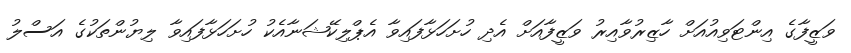
ވަޒީފާގެ އިންޓަވިއުއަށް ހާޒިރުވާއިރު ވަޒީފާއަށް އެދި ހުށަހަޅާފައިވާ އެޕްލިކޭޝަނާއެކު ހުށަހަޅާފައިވާ ލިޔުންތަކުގެ އަސްލު